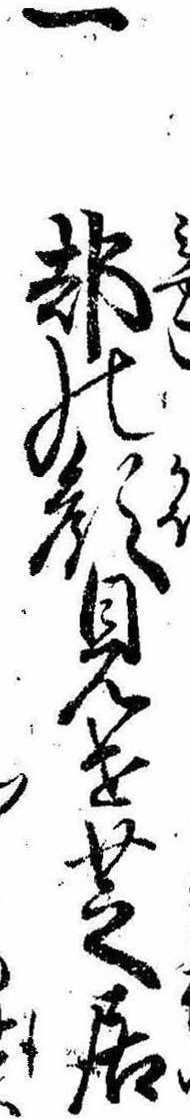
一都の顔見世芝居